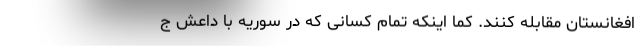
افغانستان مقابله کنند. کما اینکه تمام کسانی که در سوریه با داعش ج